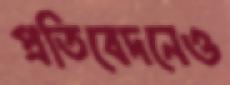
প্রতিবেদনেও